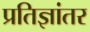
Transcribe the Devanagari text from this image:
प्रतिज्ञांतर